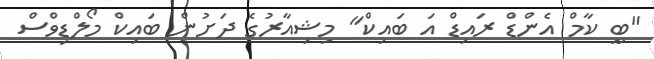
"ބީ ކާމް އެންޑް ރައިޑް އަ ބައިކް" މިޝިއާރުގެ ދަށުން ބައިކް މޯލްޑިވްސް